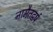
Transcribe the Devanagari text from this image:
नामैतद्वर्ष